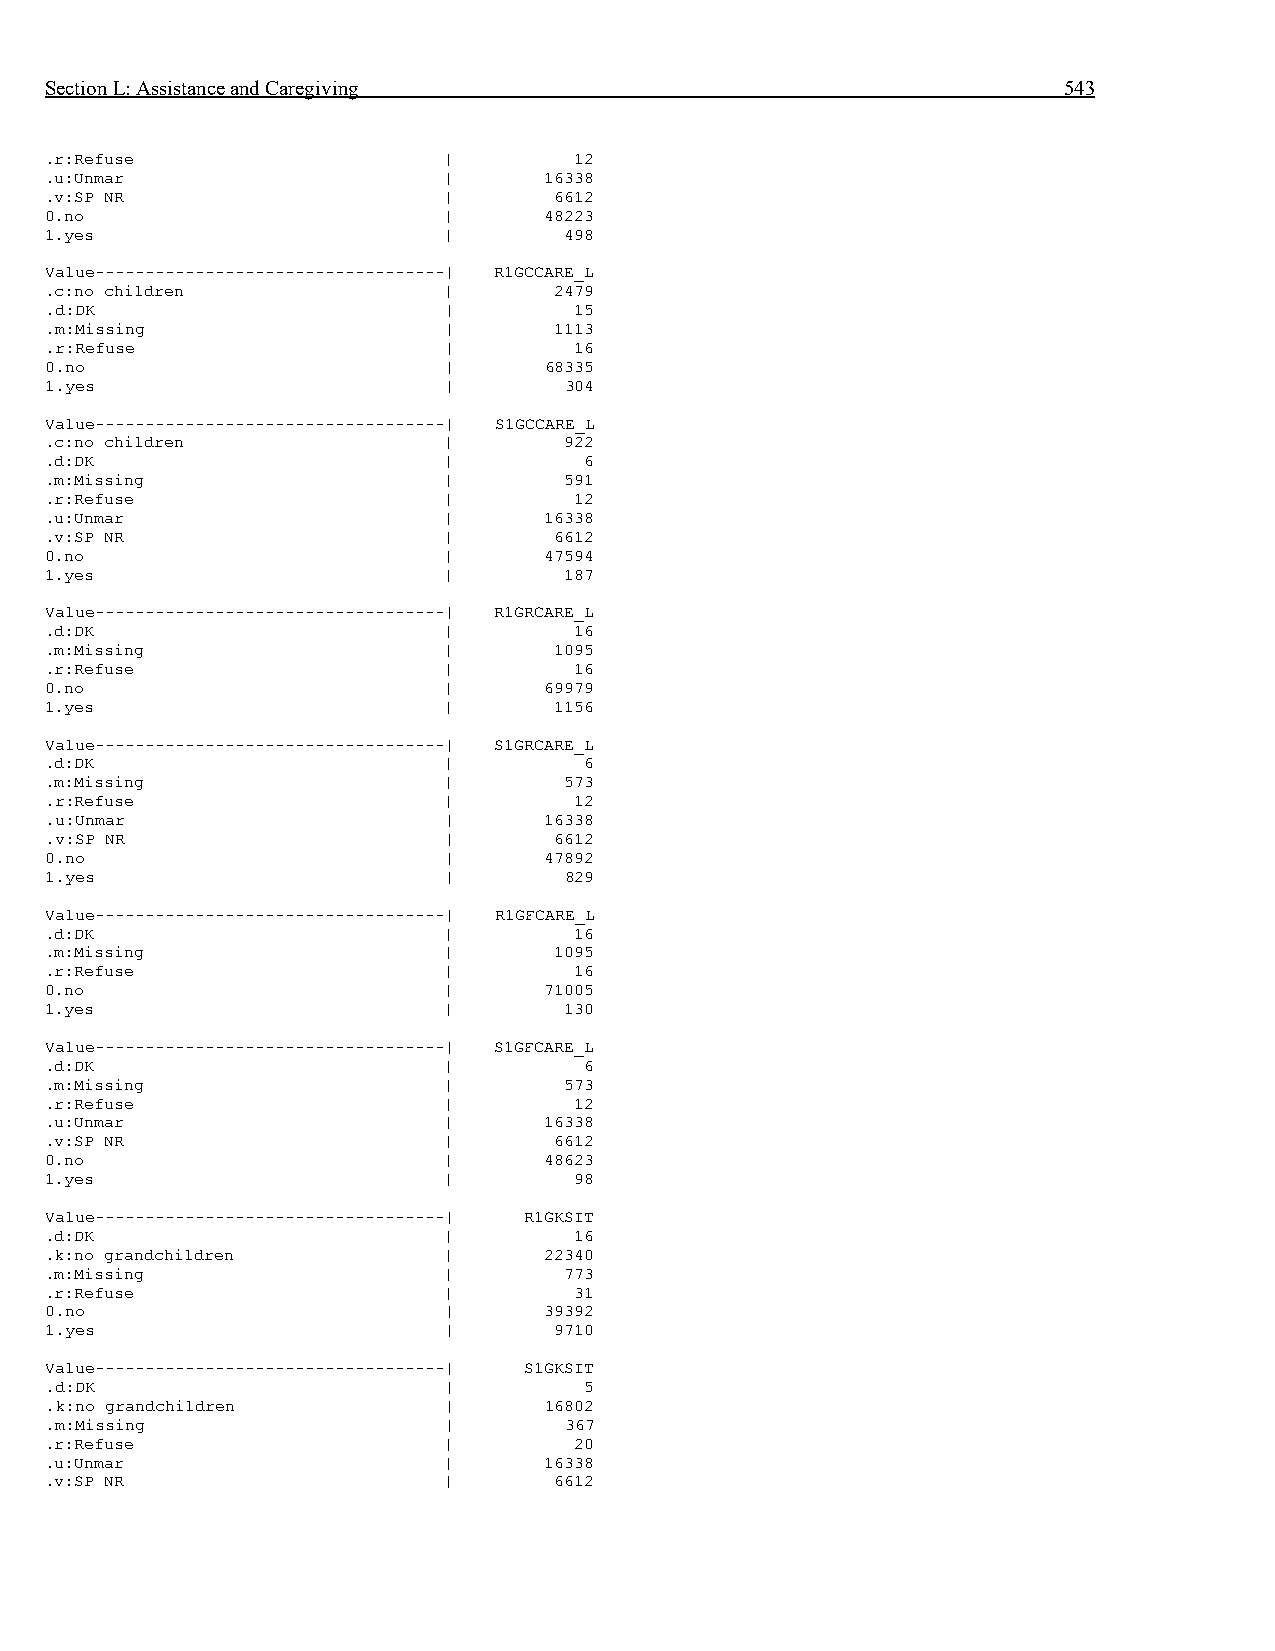
Section L: Assistance and Caregiving                               543
 .r:Refuse                 |        12
 .u:Unmar                  |      16338
 .v:SP NR                  |       6612
 0.no                      |      48223
 1.yes                     |       498
 Value-----------------------------------| R1GCCARE_L
 .c:no children            |       2479
 .d:DK                     |        15
 .m:Missing                |       1113
 .r:Refuse                 |        16
 0.no                      |      68335
 1.yes                     |       304
 Value-----------------------------------| S1GCCARE_L
 .c:no children            |       922
 .d:DK                     |         6
 .m:Missing                |       591
 .r:Refuse                 |        12
 .u:Unmar                  |      16338
 .v:SP NR                  |       6612
 0.no                      |      47594
 1.yes                     |       187
 Value-----------------------------------| R1GRCARE_L
 .d:DK                     |        16
 .m:Missing                |       1095
 .r:Refuse                 |        16
 0.no                      |      69979
 1.yes                     |       1156
 Value-----------------------------------| S1GRCARE_L
 .d:DK                     |         6
 .m:Missing                |       573
 .r:Refuse                 |        12
 .u:Unmar                  |      16338
 .v:SP NR                  |       6612
 0.no                      |      47892
 1.yes                     |       829
 Value-----------------------------------| R1GFCARE_L
 .d:DK                     |        16
 .m:Missing                |       1095
 .r:Refuse                 |        16
 0.no                      |      71005
 1.yes                     |       130
 Value-----------------------------------| S1GFCARE_L
 .d:DK                     |         6
 .m:Missing                |       573
 .r:Refuse                 |        12
 .u:Unmar                  |      16338
 .v:SP NR                  |       6612
 0.no                      |      48623
 1.yes                     |        98
 Value-----------------------------------| R1GKSIT
 .d:DK                     |        16
 .k:no grandchildren       |      22340
 .m:Missing                |       773
 .r:Refuse                 |        31
 0.no                      |      39392
 1.yes                     |       9710
 Value-----------------------------------| S1GKSIT
 .d:DK                     |         5
 .k:no grandchildren       |      16802
 .m:Missing                |       367
 .r:Refuse                 |        20
 .u:Unmar                  |      16338
 .v:SP NR                  |       6612